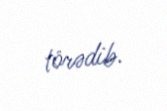
törədib.